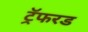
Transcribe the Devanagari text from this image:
ट्रॅफरड